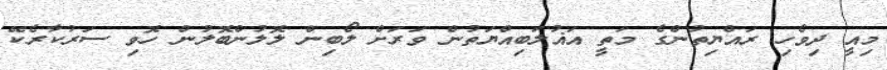
މިއީ ދިވެހި ރައްޔިތުންގެ މަތީ އަޣުލަބިއްޔަތުން ވަރަށް ލޯބިން ލޮލުންބޮލުން ހޮވި ސަރުކާރެކޭ